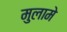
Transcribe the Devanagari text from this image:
मुलामे